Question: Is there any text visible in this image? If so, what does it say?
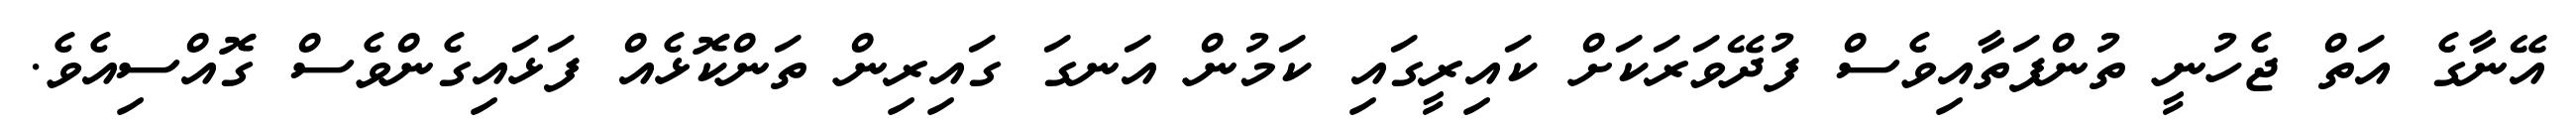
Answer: އޭނާގެ އަތް ޖެހުނީ ތުންފަތާއިވެސް ފުދޭވަރަކަށް ކައިރީގައި ކަމުން އަނގަ ގައިރިން ތަންކޮޅެއް ފަޅައިގެންވެސް ގޮއްސިއެވެ.